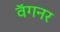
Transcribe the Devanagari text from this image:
वॅगनर